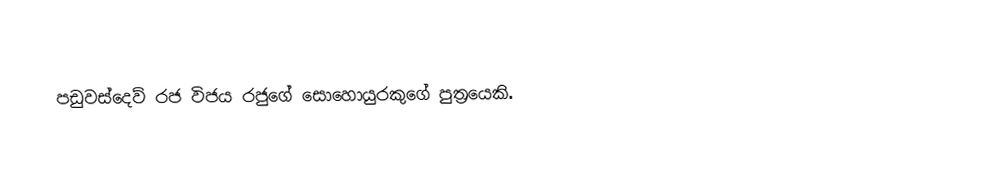
පඩුවස්දෙව් රජ විජය රජුගේ සොහොයුරකුගේ පුත්‍රයෙකි.